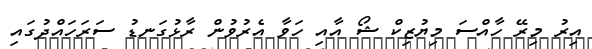
އިރު މިރޭ ހާއްސަ މިޔުޒިކް ޝޯ އާއި ހަވާ އެރުވުން ރާޅުގަނޑު ސަރަހައްދުގައި